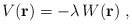
\begin{align*}V({\bf r})= - \lambda \, W({\bf r})\; ,\end{align*}